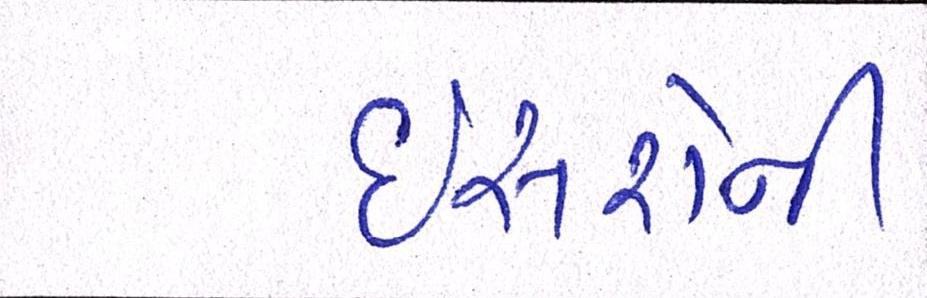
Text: ઇસરોની